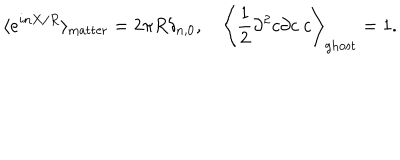
\langle e ^ { i n X / R } \rangle _ { \mathrm { m a t t e r } } = 2 \pi R \delta _ { n , 0 } , \quad \left\langle \frac { 1 } { 2 } \partial ^ { 2 } c \partial c \ c \right\rangle _ { \mathrm { g h o s t } } = 1 .